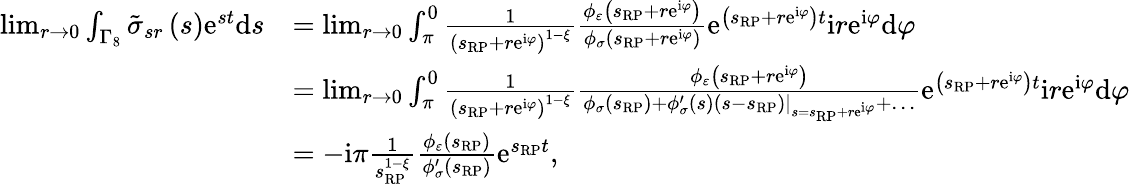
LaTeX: \begin{array}{rl}{\operatorname*{lim}_{r\rightarrow 0}\int_{\Gamma_{8}}\tilde{\sigma}_{sr}\left(s\right)\mathrm{e}^{st}\mathrm{d}s}&{=\operatorname*{lim}_{r\rightarrow 0}\int_{\pi}^{0}\frac{1}{\left(s_{\scriptscriptstyle{\mathrm{RP}}}+r\mathrm{e}^{\mathrm{i}\varphi}\right)^{1-\xi}}\frac{\phi_{\varepsilon}\left(s_{\scriptscriptstyle{\mathrm{RP}}}+r\mathrm{e}^{\mathrm{i}\varphi}\right)}{\phi_{\sigma}\left(s_{\scriptscriptstyle{\mathrm{RP}}}+r\mathrm{e}^{\mathrm{i}\varphi}\right)}\mathrm{e}^{\left(s_{\scriptscriptstyle{\mathrm{RP}}}+r\mathrm{e}^{\mathrm{i}\varphi}\right)t}\mathrm{i}r\mathrm{e}^{\mathrm{i}\varphi}\mathrm{d}\varphi}\\ &{=\operatorname*{lim}_{r\rightarrow 0}\int_{\pi}^{0}\frac{1}{\left(s_{\scriptscriptstyle{\mathrm{RP}}}+r\mathrm{e}^{\mathrm{i}\varphi}\right)^{1-\xi}}\frac{\phi_{\varepsilon}\left(s_{\scriptscriptstyle{\mathrm{RP}}}+r\mathrm{e}^{\mathrm{i}\varphi}\right)}{\phi_{\sigma}\left(s_{\scriptscriptstyle{\mathrm{RP}}}\right)+\left.\phi_{\sigma}^{\prime}\left(s\right)\left(s-s_{\scriptscriptstyle{\mathrm{RP}}}\right)\right\vert_{s=s_{\scriptscriptstyle{\mathrm{RP}}}+r\mathrm{e}^{\mathrm{i}\varphi}}+\ldots}\mathrm{e}^{\left(s_{\scriptscriptstyle{\mathrm{RP}}}+r\mathrm{e}^{\mathrm{i}\varphi}\right)t}\mathrm{i}r\mathrm{e}^{\mathrm{i}\varphi}\mathrm{d}\varphi}\\ &{=-\mathrm{i}\pi\frac{1}{s_{\scriptscriptstyle{\mathrm{RP}}}^{1-\xi}}\frac{\phi_{\varepsilon}\left(s_{\scriptscriptstyle{\mathrm{RP}}}\right)}{\phi_{\sigma}^{\prime}\left(s_{\scriptscriptstyle{\mathrm{RP}}}\right)}\mathrm{e}^{s_{\scriptscriptstyle{\mathrm{RP}}}t},}\end{array}